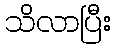
သိလာပြီး